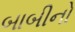
બાબીનો